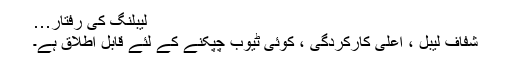
لیبلنگ کی رفتار…
شفاف لیبل ، اعلی کارکردگی ، کوئی ٹیوب چپکنے کے لئے قابل اطلاق ہے۔